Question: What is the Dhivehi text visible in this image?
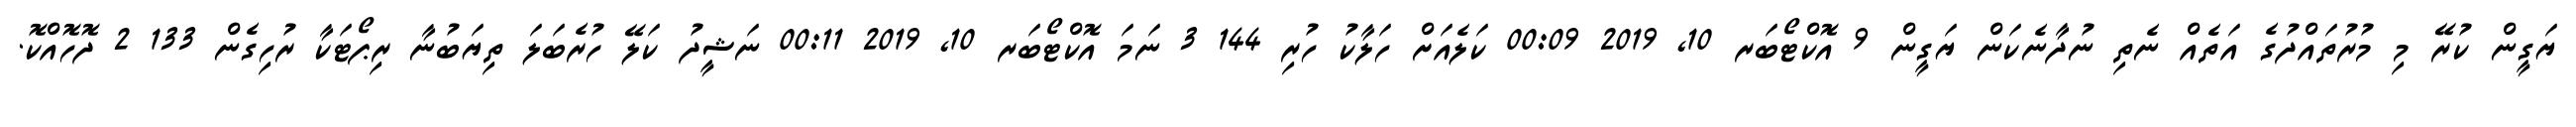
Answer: ޔަގީން ކުރޭ މި މުރުތައްދުގެ އަތެއް ނެތި ނުދާނެކަން ޔަގީން 9 އޮކްޓޯބަރ 10, 2019 00:09 ކަލެއަށް ހަލާކު ހުރި 144 3 ނަމަ އޮކްޓޯބަރ 10, 2019 00:11 ނަޝީދު ކަލޭ ހުރެބަލަ ތިޔަބުނާ ރިޕޯޓަކާ ރުހިގެން 133 2 ދޮހޮއްކޮ.